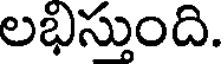
లభిస్తుంది.